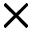
\times